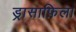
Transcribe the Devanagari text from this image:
ड्रासाफ़िला